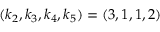
( k _ { 2 } , k _ { 3 } , k _ { 4 } , k _ { 5 } ) = ( 3 , 1 , 1 , 2 )